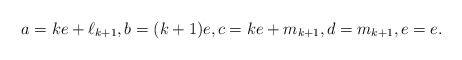
\begin{align*}a = ke + \ell_{k+1},b = (k+1)e,c = ke + m_{k+1},d = m_{k+1},e=e.\end{align*}